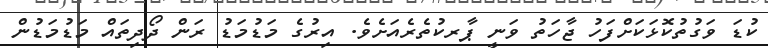
ކުޑަ ވަގުތުކޮޅަކަށްފަހު ޖާހަތު ވަނީ ޕާރކުތެރެއަށެވެ. އިރުގެ މަޑުމަޑު ރަން ދޯދިތައް މަޑުމަޑުން